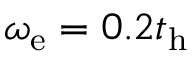
\omega _ { \mathrm { e } } = 0 . 2 t _ { \mathrm { h } }